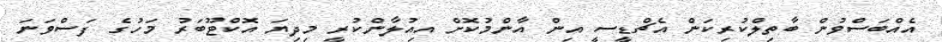
އެއްބަސްވުން ބާތިލްކުރިކަން އެޗްޑީސީ އިން އާންމުކޮށް އިއުލާންކުރީ މިދިޔަ އޮކްޓޫބަރު މަހުގެ ފަސްވަނަ